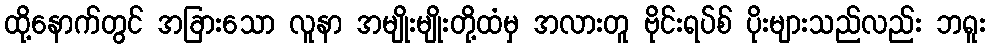
ထို့နောက်တွင် အခြားသော လူနာ အမျိုးမျိုးတို့ထံမှ အလားတူ ဗိုင်းရပ်စ် ပိုးများသည်လည်း ဘရူး